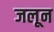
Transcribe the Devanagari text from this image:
जलून